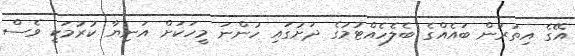
އޭގެ އިތުރުން ބައެއްގެ ބެލެހެއްޓުމުގެ ދަށުގައި ހުންނަ މީހަކަށް އަނިޔާ ކުރުމަކީ ވެސް